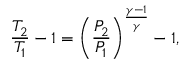
{ \frac { T _ { 2 } } { T _ { 1 } } } - 1 = \left( { \frac { P _ { 2 } } { P _ { 1 } } } \right) ^ { \frac { \gamma - 1 } { \gamma } } - 1 ,